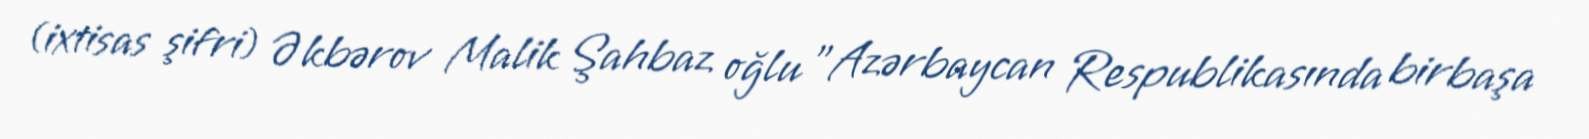
(ixtisas şifri) Əkbərov Malik Şahbaz oğlu "Azərbaycan Respublikasında birbaşa